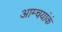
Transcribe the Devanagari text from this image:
आम्चयांकं